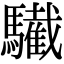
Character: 𩦷